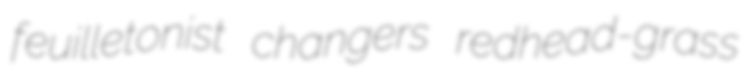
feuilletonist changers redhead-grass